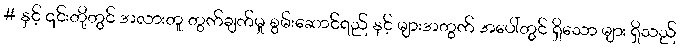
# နှင့် ၎င်းတို့တွင် အလားတူ တွက်ချက်မှု စွမ်းဆောင်ရည် နှင့် များအတွက် အပေါ်တွင် ရှိသော များ ရှိသည်